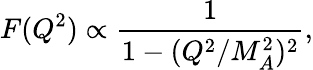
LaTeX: F(Q^{2})\propto\frac{1}{1-(Q^{2}/M_{A}^{2})^{2}},